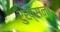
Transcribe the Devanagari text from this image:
रुख्सना